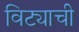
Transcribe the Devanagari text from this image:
विट्याची